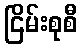
ငြိမ်းစုစီ